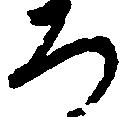
ろ